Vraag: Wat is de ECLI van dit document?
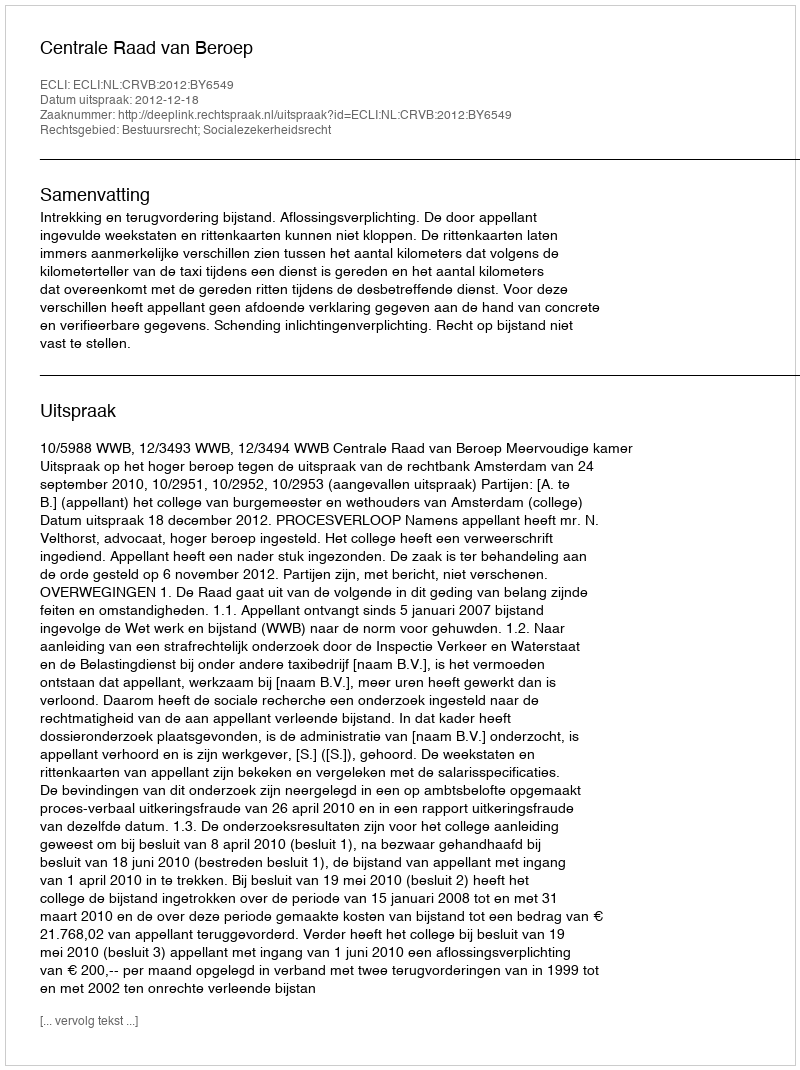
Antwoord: ECLI:NL:CRVB:2012:BY6549